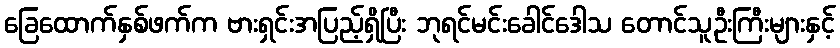
ခြေထောက်နှစ်ဖက်က ဗားရှင်းအပြည့်ရှိပြီး ဘုရင်မင်းခေါင်ဒေါသ တောင်သူဦးကြီးများနှင့်